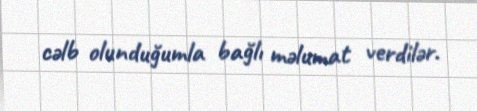
cəlb olunduğumla bağlı məlumat verdilər.